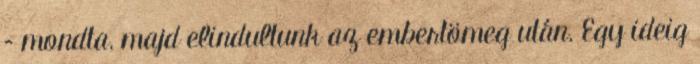
– mondta, majd elindultunk az embertömeg után. Egy ideig